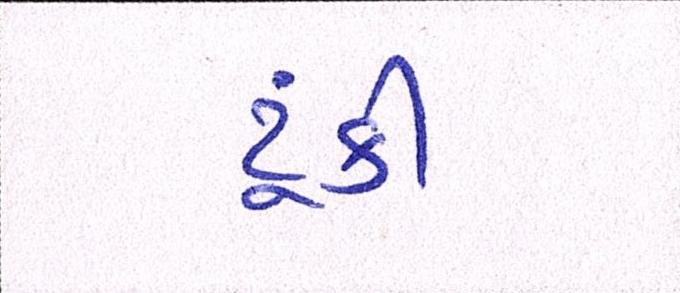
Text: ટૂંકી